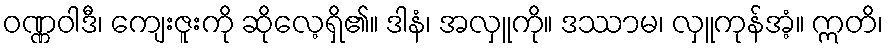
ဝဏ္ဏဝါဒီ၊ ကျေးဇူးကို ဆိုလေ့ရှိ၏။ ဒါနံ၊ အလှူကို။ ဒဿာမ၊ လှူကုန်အံ့။ ဣတိ၊